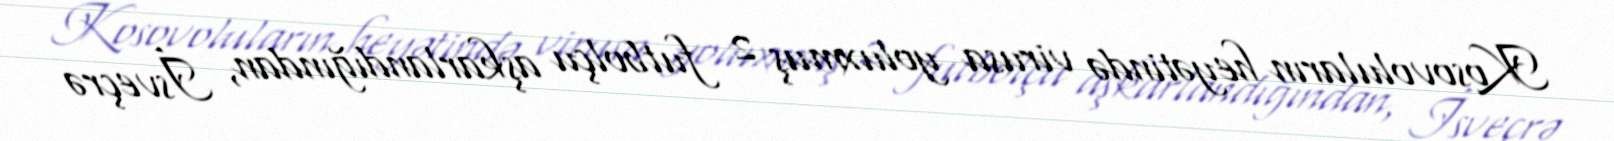
Kosovoluların heyətində virusa yoluxmuş 2 futbolçu aşkarlandığından, İsveçrə